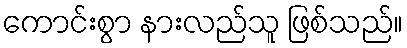
ကောင်းစွာ နားလည်သူ ဖြစ်သည်။